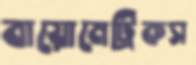
বায়োমেট্রিকস